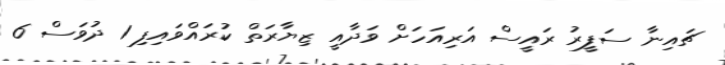
ޗައިނާ ސަފީރު ރައީސް އަރިއަހަށް ވަދާއީ ޒިޔާރަތް ކުރައްވައިފި 1 ދުވަސް 6